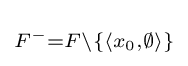
\scriptstyle {F^{-}=F\setminus \lbrace \langle x_{0},\emptyset \rangle \rbrace }